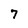
Character: 7